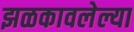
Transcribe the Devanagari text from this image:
झळकावलेल्या